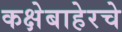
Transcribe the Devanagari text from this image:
कक्षेबाहेरचे